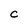
Character: C